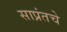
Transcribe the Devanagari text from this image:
साप्रंतचे